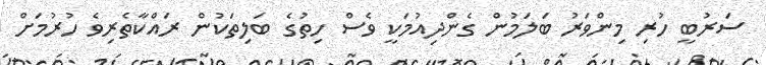
ސަރުބީ ހުރި މިންވަރު ބަލަމުން ގެންދިއުމަކީ ވެސް ހިތުގެ ބަލިތަކުން ރައްކާތެރިވެ ހުރުމަށް